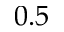
0 . 5